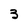
Character: 3